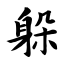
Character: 躲